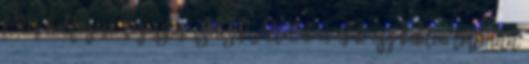
Péter halfogása, ragasztás, színezés Általában csak egy bibliai történetet